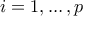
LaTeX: i = 1 , \ldots , p